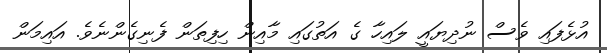
އުޅެފައި ވެސް ނުދިޔައީ ލައިހާ ގެ އަތުގައި މާއިން ހިފިތަން ފެނިގެންނެވެ. އައިމަން